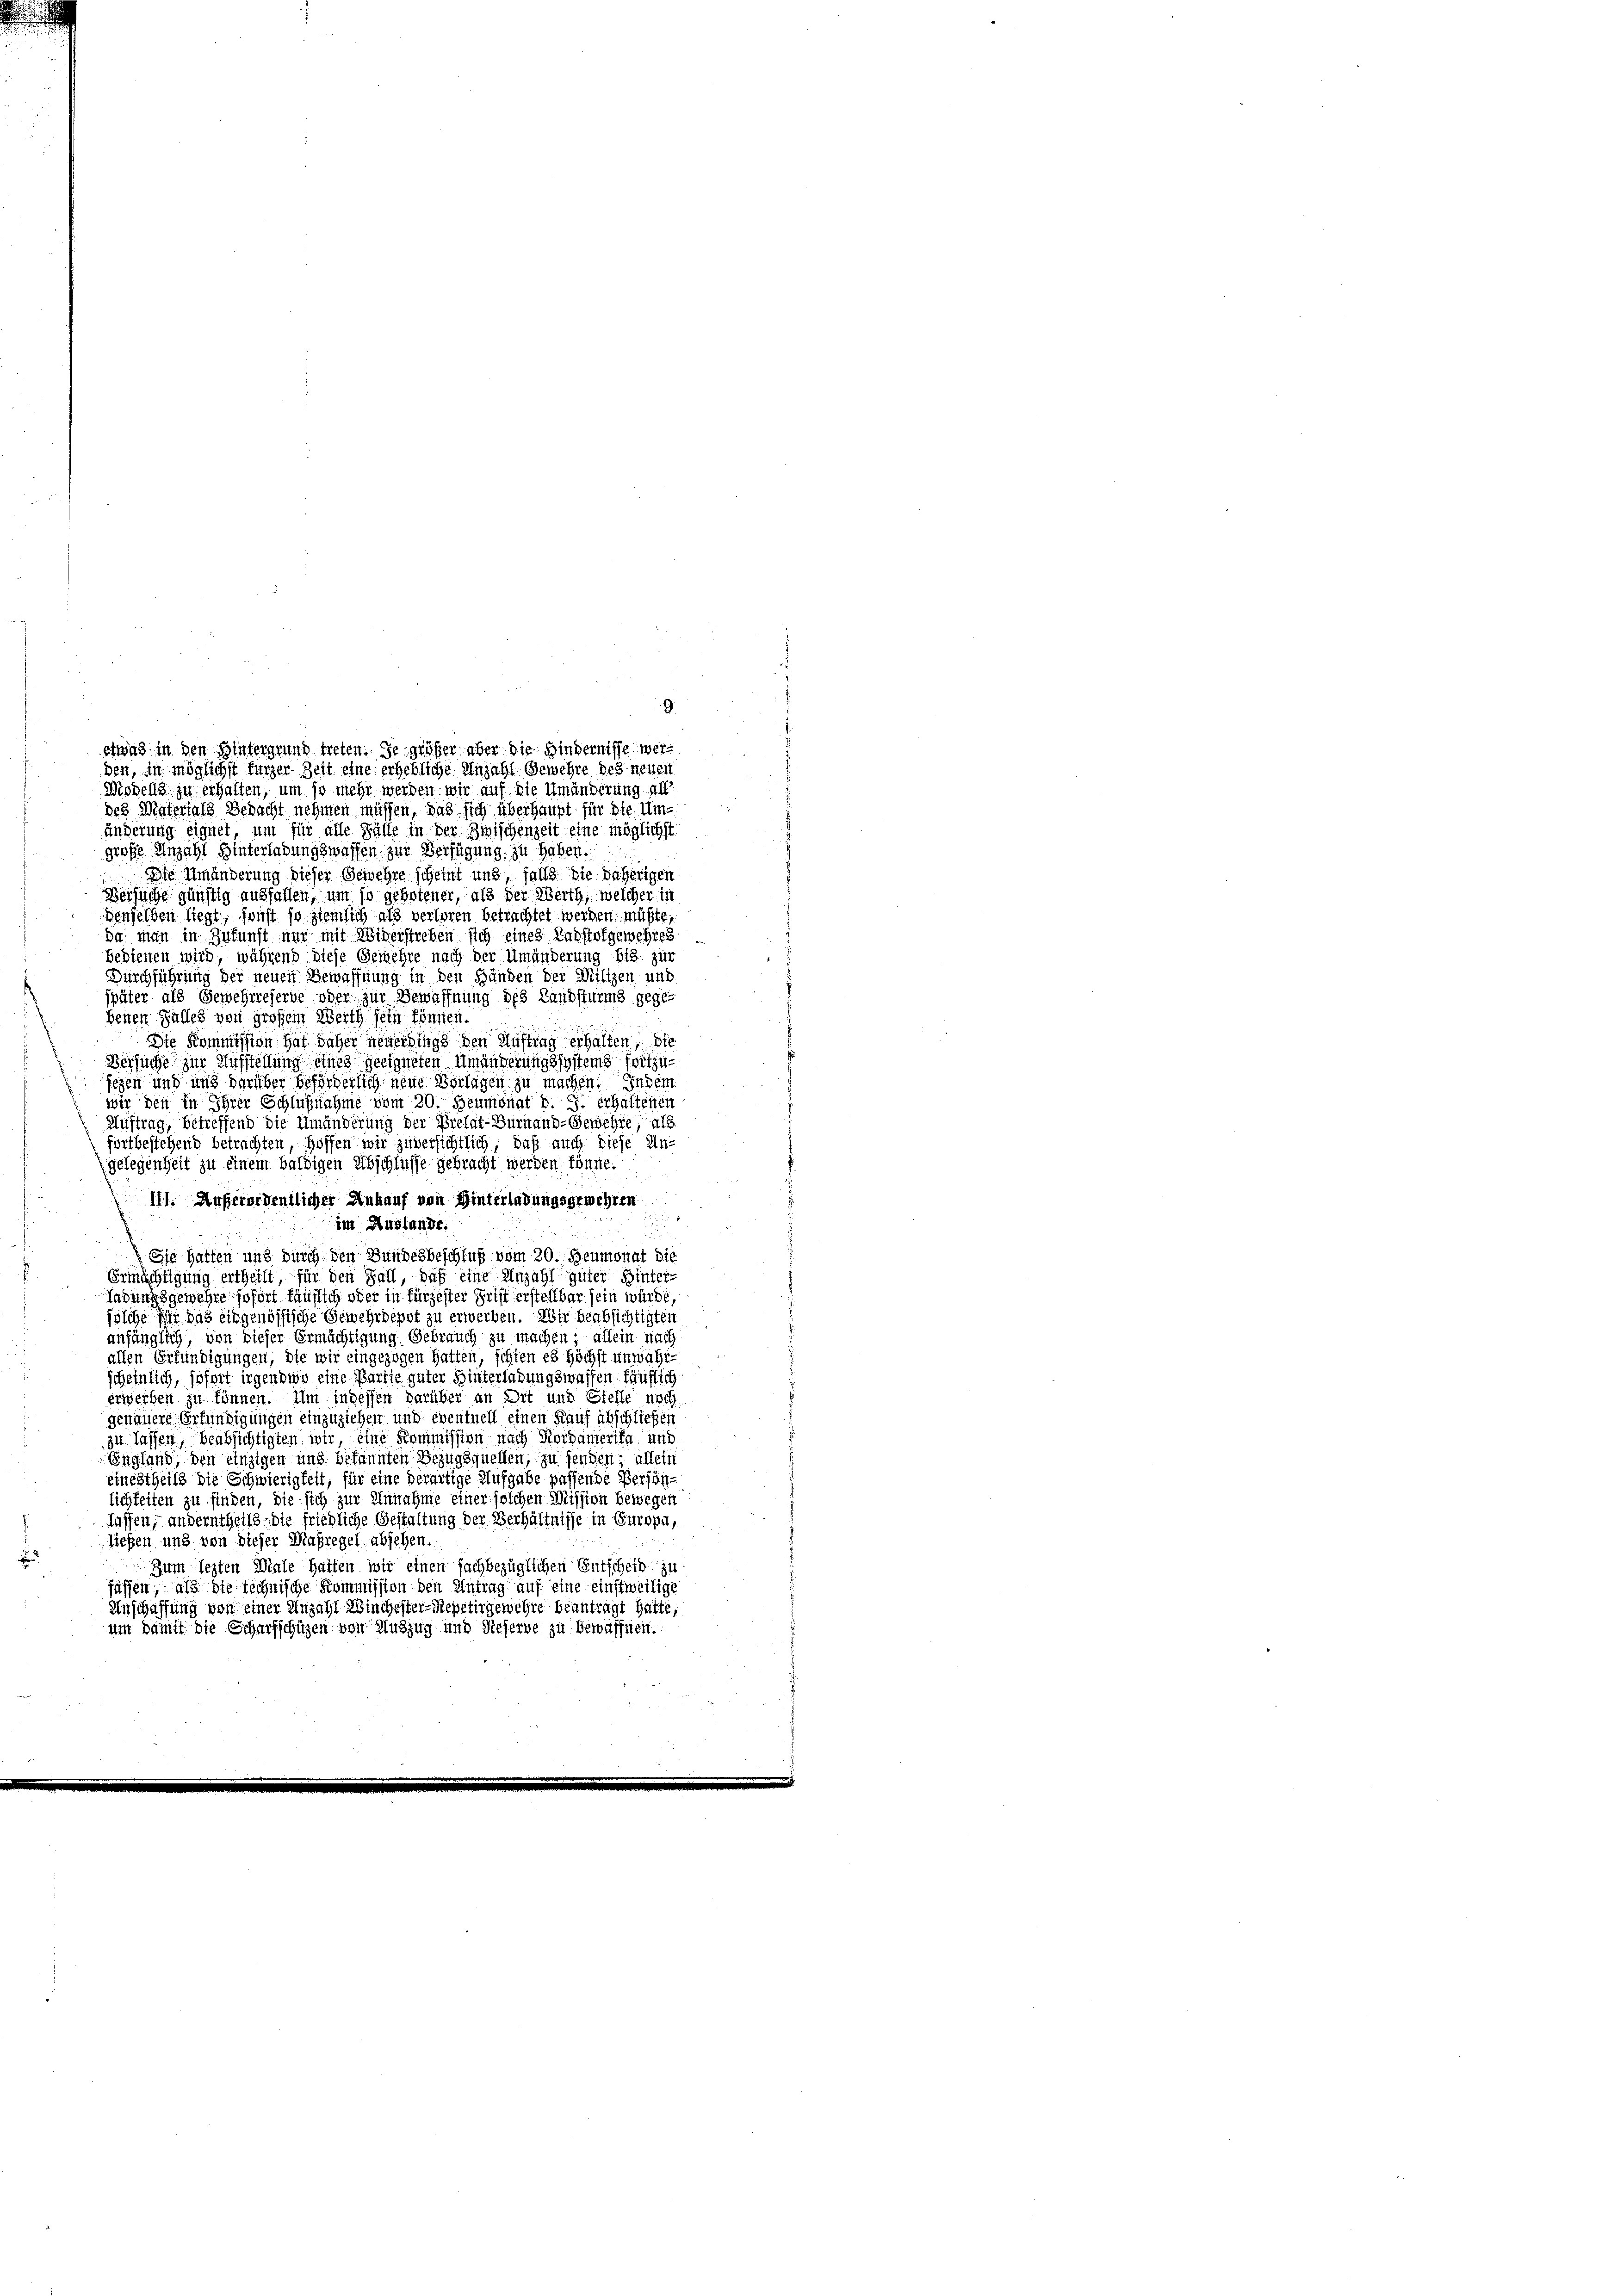
etwas in den Hintergrund treten. Je größer aber die Bindernisse werden, in möglichst fürzer Zeit eine erhebliche Anzahl Gewehre des neuen

9.

Models zu erhalten, um so mehr werden wir auf die Umänderung. All
des Matertals Bedacht nehmen müssen, das sich überhaupt für die Umänderung eignet, um für alle Fälle in der Zwischenzeit eine möglichst
große Anzahl Hinterlaßungswaffen, zur Verfügung zu haben.
Die Umänderung dieser Gemehre scheint und, falls die daherigen
Versuche günstig ausfallen, um so gebotener, als der Werth, welcher in
denselben liegt, sonst so ziemlich als verloren betrachtet werden, müßte,
Da man in Zukunft nur mit Widerstreben sich eines Radstofgewehres
bedienen wird, während diese Gemehre nach der Umänderung bis zur
Durchführung der neuen Bewaffnung in den Händen der Milizen und
später als Gewehreserve oder zur Bewaffnung des Landsturms gege
benen Falles von großem Werth sein können.
Die Kommission hat daher neuerdings den Auftrag erhalten, die
Versuche zur Aufstellung eines geeigneten Umänderungssystems fortzusegen und und darüber beförderlich neue Vorlagen zu machen. Indem
wir den in Ihrer Schlußnahme vom 30. Heumonat v. J. erhaltenen
Auftrag, betreffend die Umänderung der Prelat-Bürnand-Gewehre, als
fortbestehend betrachten, hoffen wir zuversichtlich, daß auch diese Un-
gelegenheit zu einem baldigen Abschlüsse gebracht werden könne.
111. Außerordentlicher Ankauf von Hinterladungsgewehren
im Auslande.
Ese hatten und durch den Bundesbeschluß vom 20. Heumonat die
Ermächtigung ertheilt für den Fall, daß eine Anzahl guter Hinter-
Ladungsgewehre sofort käuflich oder in fürzester Frist erstellbar sein würde,
solche für das eidgenössische Gewehrdepot zu erwerben. Wir beabsichtigten
anfänglich, von dieser Ermächtigung Gebrauch zu machen; allein nach
allen Erfündigungen, die wir eingezogen hatten, schien es höchst unwahr-
scheinlich, sofort irgendwo eine Partie guter Hinterladungswassen käufliche
erwerben zu können. Um indessen darüber an Dit und Stelle noch
genauere Erfündigungen einzuziehen und eventuell einen Kauf abschließen
zu lassen, beabsichtigten wir, eine Kommission nach Nordamerika und
England den einzigen und bekannten Bezugsquellen, zu senden, allein
einestheils die Schwierigkeit, für eine derartige Aufgabe passende Persön-
lichkeiten zu finden, die sich zur Annahme einer solchen Mission bewegen
lassen, anderntheils die friedliche Gestaltung der Verhältnisse in Europa,
ließen und von dieser Maßregel absehen.
Zum lezten Male hatten wir einen fachbezüglichen Entschein zu
fassen, als die technische Kommission den Antrag auf eine einstweilige
Anschaffung von einer Anzahl Winchester-Repetirgewehre beantragt hatte,
um Damit die Scharfschüzen von Auszug und dieserve zu bewaffnen.